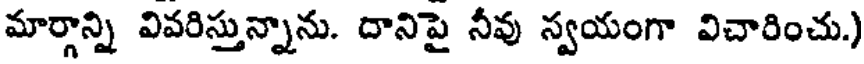
మార్గాన్ని వివరిస్తున్నాను. దానిపై నీవు స్వయంగా విచారించు.)